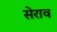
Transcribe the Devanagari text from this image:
सेराव